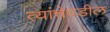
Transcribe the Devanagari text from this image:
त्यांचेवडील